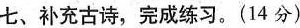
七、补充古诗，完成练习。(14分)